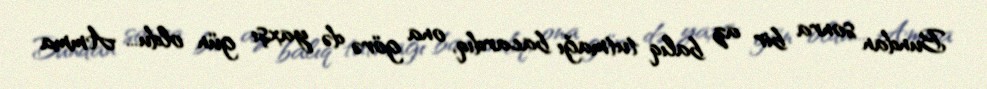
Bundan sonra bir az balıq tutmağı bacardıq, ona görə də yaxşı gün oldu... Amma